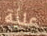
علية